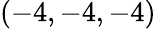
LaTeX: (-4,-4,-4)